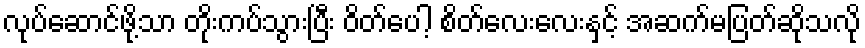
လုပ်ဆောင်ဖို့သာ တိုးကပ်သွားပြီး ဝိတ်ပေါ့ စိတ်လေးလေးနှင့် အဆက်မပြတ်ဆိုသလို